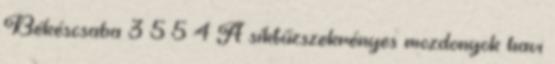
Békéscsaba 3 5 5 4 A síktűzszekrényes mozdonyok havi